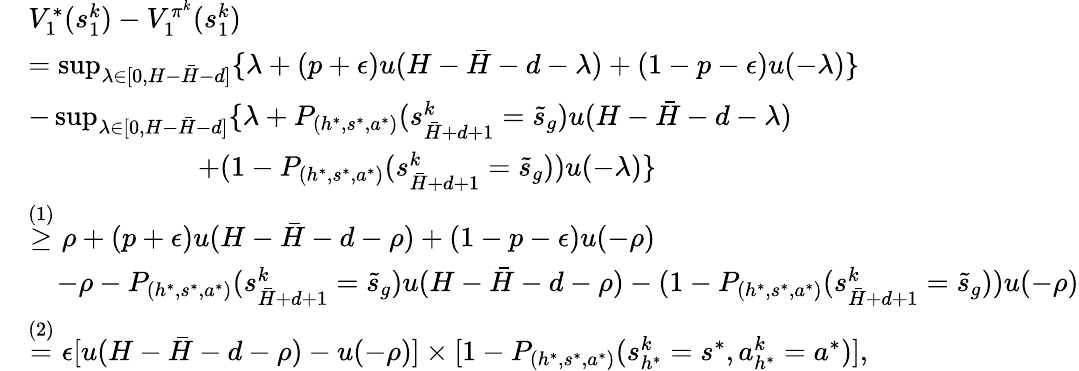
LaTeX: \begin{array}{rl}&{V_{1}^{*}(s_{1}^{k})-V_{1}^{\pi^{k}}(s_{1}^{k})}\\ &{=\operatorname*{sup}_{\lambda\in[0,H-\bar{H}-d]}\{ \lambda+(p+\epsilon)u(H-\bar{H}-d-\lambda)+(1-p-\epsilon)u(-\lambda)\} }\\ &{-\operatorname*{sup}_{\lambda\in[0,H-\bar{H}-d]}\{ \lambda+P_{(h^{*},s^{*},a^{*})}(s_{\bar{H}+d+1}^{k}=\tilde{s}_{g})u(H-\bar{H}-d-\lambda)}\\ &{\quad\quad\quad\quad\quad\quad+(1-P_{(h^{*},s^{*},a^{*})}(s_{\bar{H}+d+1}^{k}=\tilde{s}_{g}))u(-\lambda)\} }\\ &{\overset{(1)}{\geq}\rho+(p+\epsilon)u(H-\bar{H}-d-\rho)+(1-p-\epsilon)u(-\rho)}\\ &{\quad-\rho-P_{(h^{*},s^{*},a^{*})}(s_{\bar{H}+d+1}^{k}=\tilde{s}_{g})u(H-\bar{H}-d-\rho)-(1-P_{(h^{*},s^{*},a^{*})}(s_{\bar{H}+d+1}^{k}=\tilde{s}_{g}))u(-\rho)}\\ &{\overset{(2)}{=}\epsilon[u(H-\bar{H}-d-\rho)-u(-\rho)]\times[1-P_{(h^{*},s^{*},a^{*})}(s_{h^{*}}^{k}=s^{*},a_{h^{*}}^{k}=a^{*})],}\end{array}